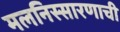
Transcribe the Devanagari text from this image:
मलनिस्सारणाची